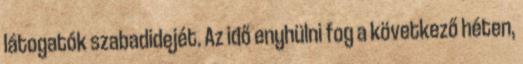
látogatók szabadidejét. Az idő enyhülni fog a következő héten,